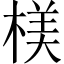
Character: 𣖙